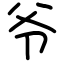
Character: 爷